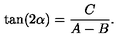
\tan ( 2 \alpha ) = { \frac { C } { A - B } } .